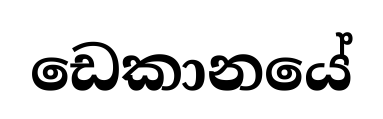
ඩෙකානයේ